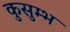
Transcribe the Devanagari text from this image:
कुसुम्भ